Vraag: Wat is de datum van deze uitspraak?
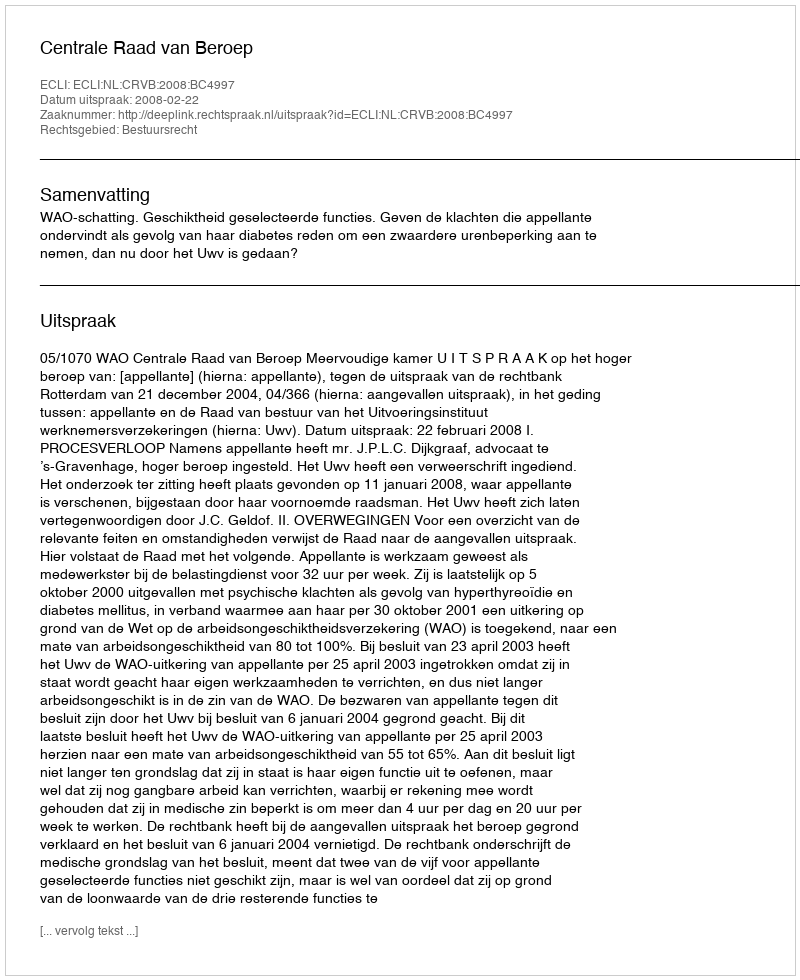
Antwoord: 2008-02-22